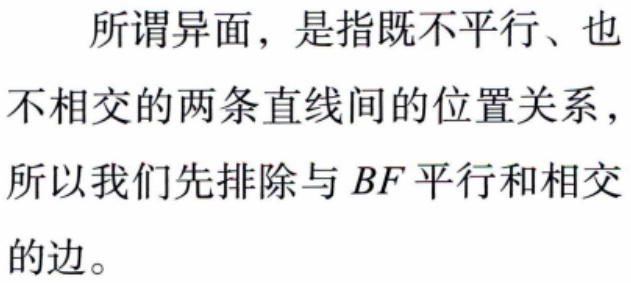
所谓异面，是指既不平行、也不相交的两条直线间的位置关系，所以我们先排除与 \(BF\) 平行和相交的边。